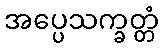
အပ္ပေသက္ခတ္တံ